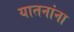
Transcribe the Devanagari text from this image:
यातनांना